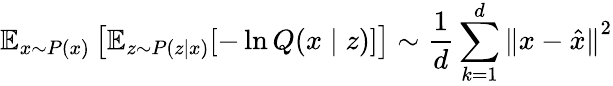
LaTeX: \mathbb{E}_{{x}\sim{P}(x)}\left[\mathbb{E}_{z\sim P(z\mid x)}[-\ln Q(x\mid z)]\right]\sim\frac{1}{d}\sum_{k=1}^{d}{\| x-\hat{x}\| }^{2}